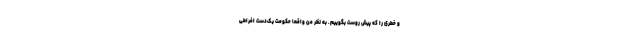
و خطری را که پیش روست بگوییم. به نظر من واقعا حکومتِ یک‌دستِ افراطی